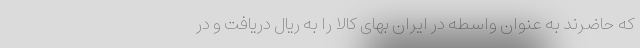
که حاضرند به عنوان واسطه در ایران بهای کالا را به ریال دریافت و در